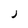
Character: J